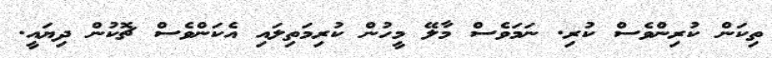
ތިކަން ކުރިންވެސް ކުރި. ނަމަވެސް މާލޭ މީހުން ކުރިމަތިލައި އެކަންވެސް ޗޮކުން ދިޔައީ.